Report of the Imperial Institute of Veterinary Research, Muktesar
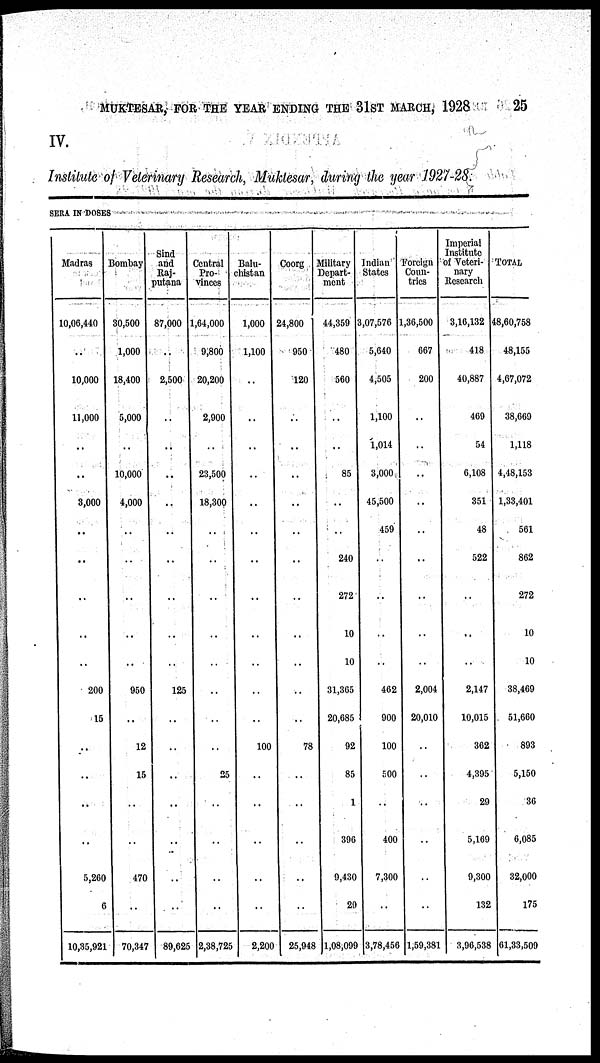
MUKTESAR, FOR THE YEAR ENDING THE 31ST MARCH, 1928
25
IV.
Institute of Veterinary Research, Muktesar, during the year 1927-28.
SERA IN DOSES
Madras
10,06,440
..
10,000
11,000
..
..
3,000
..
..
..
..
..
200
15
..
..
..
..
5,260
6
10,35,921
Bombay
30,500
1,000
18,400
5,000
..
10,000
4,000
..
..
..
..
..
950
..
12
15
..
..
470
..
70,347
Sind
and
Raj-
putana
87,000
..
2,500
..
..
..
..
..
..
..
..
..
125
..
..
..
..
..
..
..
89,625
Central
Pro-
vinces
1,64,000
9,800
20,200
2,900
..
23,500
18,300
..
..
..
..
..
..
..
..
25
..
..
..
..
2,38,725
Balu-
chistan
1,000
1,100
..
..
..
..
..
..
..
..
..
..
..
..
100
..
..
..
..
..
2,200
Coorg
24,800
950
120
..
..
..
..
..
..
..
..
..
..
..
78
..
..
..
..
..
25,948
Military
Depart-
ment
44,359
480
560
..
..
85
..
..
240
272
10
10
31,365
20,685
92
85
1
396
9,430
29
1,08,099
Indian
States
3,07,576
5,640
4,505
1,100
1,014
3,000
45,500
459
..
..
..
..
462
900
100
500
..
400
7,300
..
3,78,456
Foreign
Coun-
tries
1,36,500
667
200
..
..
..
..
..
..
..
..
..
2,004
20,010
..
..
..
..
..
..
1,59,381
Imperial
Institute
of Veteri-
nary
Research
3,16,132
418
40,887
469
54
6,108
351
48
522
..
..
..
2,147
10,015
362
4,395
29
5,169
9,300
132
3,96,538
TOTAL
48,60,758
48,155
4,67,072
38,669
1,118
4,48,153
1,33,401
561
862
272
10
10
38,469
51,660
893
5,150
36
6,085
32,000
175
61,33,509